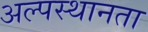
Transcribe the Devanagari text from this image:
अल्पस्थानता